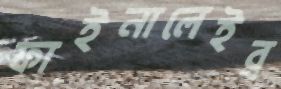
ফাইনালেইব্র